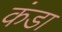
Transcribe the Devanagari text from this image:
कंडा